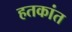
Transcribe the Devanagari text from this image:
हतकांत